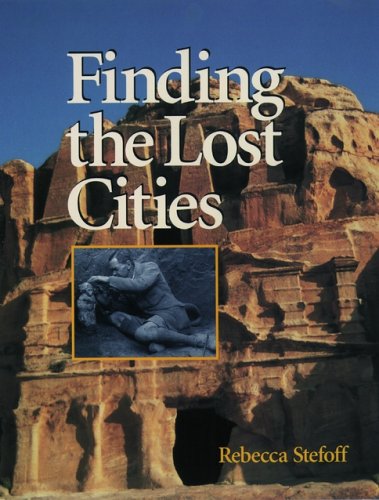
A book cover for Finding the Lost Cities; Rebecca Stefoff; Children's Books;